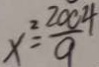
x ^ { 2 } = \frac { 2 0 0 4 } { 9 }